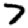
Digit: 7